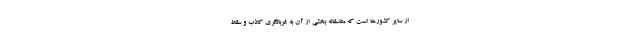
از سایر کشورها است که متاسفانه بخشی از آن به غربالگری کاذب و سقط